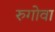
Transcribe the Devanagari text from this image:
रुगोवा